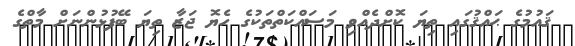
ޤައުމުގެ ޙައްޤުގައި ތިޔަ ކޮށްދެއްވި މަސައްކަތްތަކުގެ ހެޔޮ ޖަޒާ ތިޔަ ބޭފުޅުންނަށް މާތްގެ